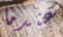
عندما